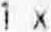
1 X